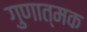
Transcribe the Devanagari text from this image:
गुणात्‍मक